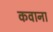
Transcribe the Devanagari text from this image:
कवाना